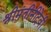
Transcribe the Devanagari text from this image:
श्रीमंतीनीदेवी